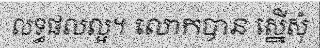
លទ្ធផលល្អ។ លោកបាន ស្នើសុំ